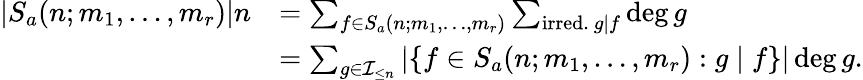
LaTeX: \begin{array}{rl}{|S_{a}(n;m_{1},\dots,m_{r})|n}&{=\sum_{f\in S_{a}(n;m_{1},\dots,m_{r})}\sum_{\mathrm{irred.}~g\mid f}\deg g}\\ &{=\sum_{g\in\mathcal{I}_{\le n}}|\{ f\in S_{a}(n;m_{1},\dots,m_{r}):g\mid f\} |\deg g.}\end{array}